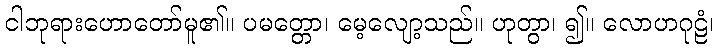
ငါဘုရားဟောတော်မူ၏။ ပမတ္တော၊ မေ့လျော့သည်။ ဟုတွာ၊ ၍။ လောဟဂုဠံ၊